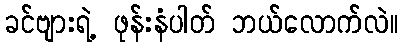
ခင်ဗျားရဲ့ ဖုန်းနံပါတ် ဘယ်လောက်လဲ။